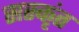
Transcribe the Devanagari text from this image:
सस्कृंत